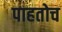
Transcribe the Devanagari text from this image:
पाहतोच